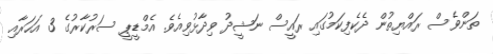
ތަންވެސް ރައްޔިތުން ދެކެފިކަމުގައި ރައީސް ނަޝީދު ވިދާޅުވިއެވެ. އެމްޑީޕީ ސަރުކާރުގެ 3 އަހަރާއި